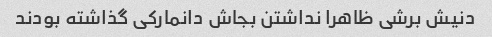
دنیش برشی ظاهرا نداشتن بجاش دانمارکی گذاشته بودند